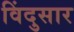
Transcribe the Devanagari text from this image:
विंदुसार